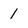
Character: 1